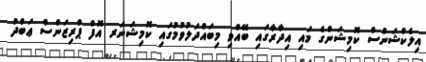
އިލެކްޝަންސް ކޮމިޝަންގެ މައި އިދާރާގައި ބޭއްވި މިބައްދަލުވުމުގައި ކޮމިޝަނަރ އޮފް ޕްރިޒަންސް ޢަބްދު